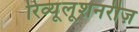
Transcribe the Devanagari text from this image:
रिव्यूलूशनरीज़